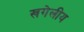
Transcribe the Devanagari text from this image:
खगेलीय